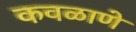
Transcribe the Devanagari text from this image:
कवळाणे